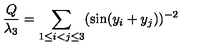
\frac { Q } { \lambda _ { 3 } } = \sum _ { 1 \le i < j \le 3 } ( \sin ( y _ { i } + y _ { j } ) ) ^ { - 2 }